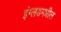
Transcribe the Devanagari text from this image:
इंग्लडमधील